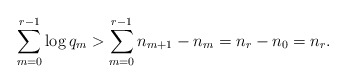
\begin{align*} \sum_{m=0}^{r-1} \log q_m > \sum_{m=0}^{r-1} n_{m+1} - n_m = n_r - n_0 = n_r.\end{align*}